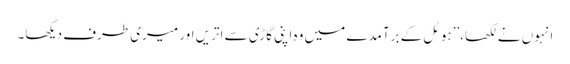
انہوں نے لکھا،’’ہوٹل کے برآمدے میں وہ اپنی گاڑی سے اتریں اور میری طرف دیکھا۔